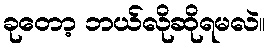
ခုတော့ ဘယ်လိုဆိုရမလဲ။